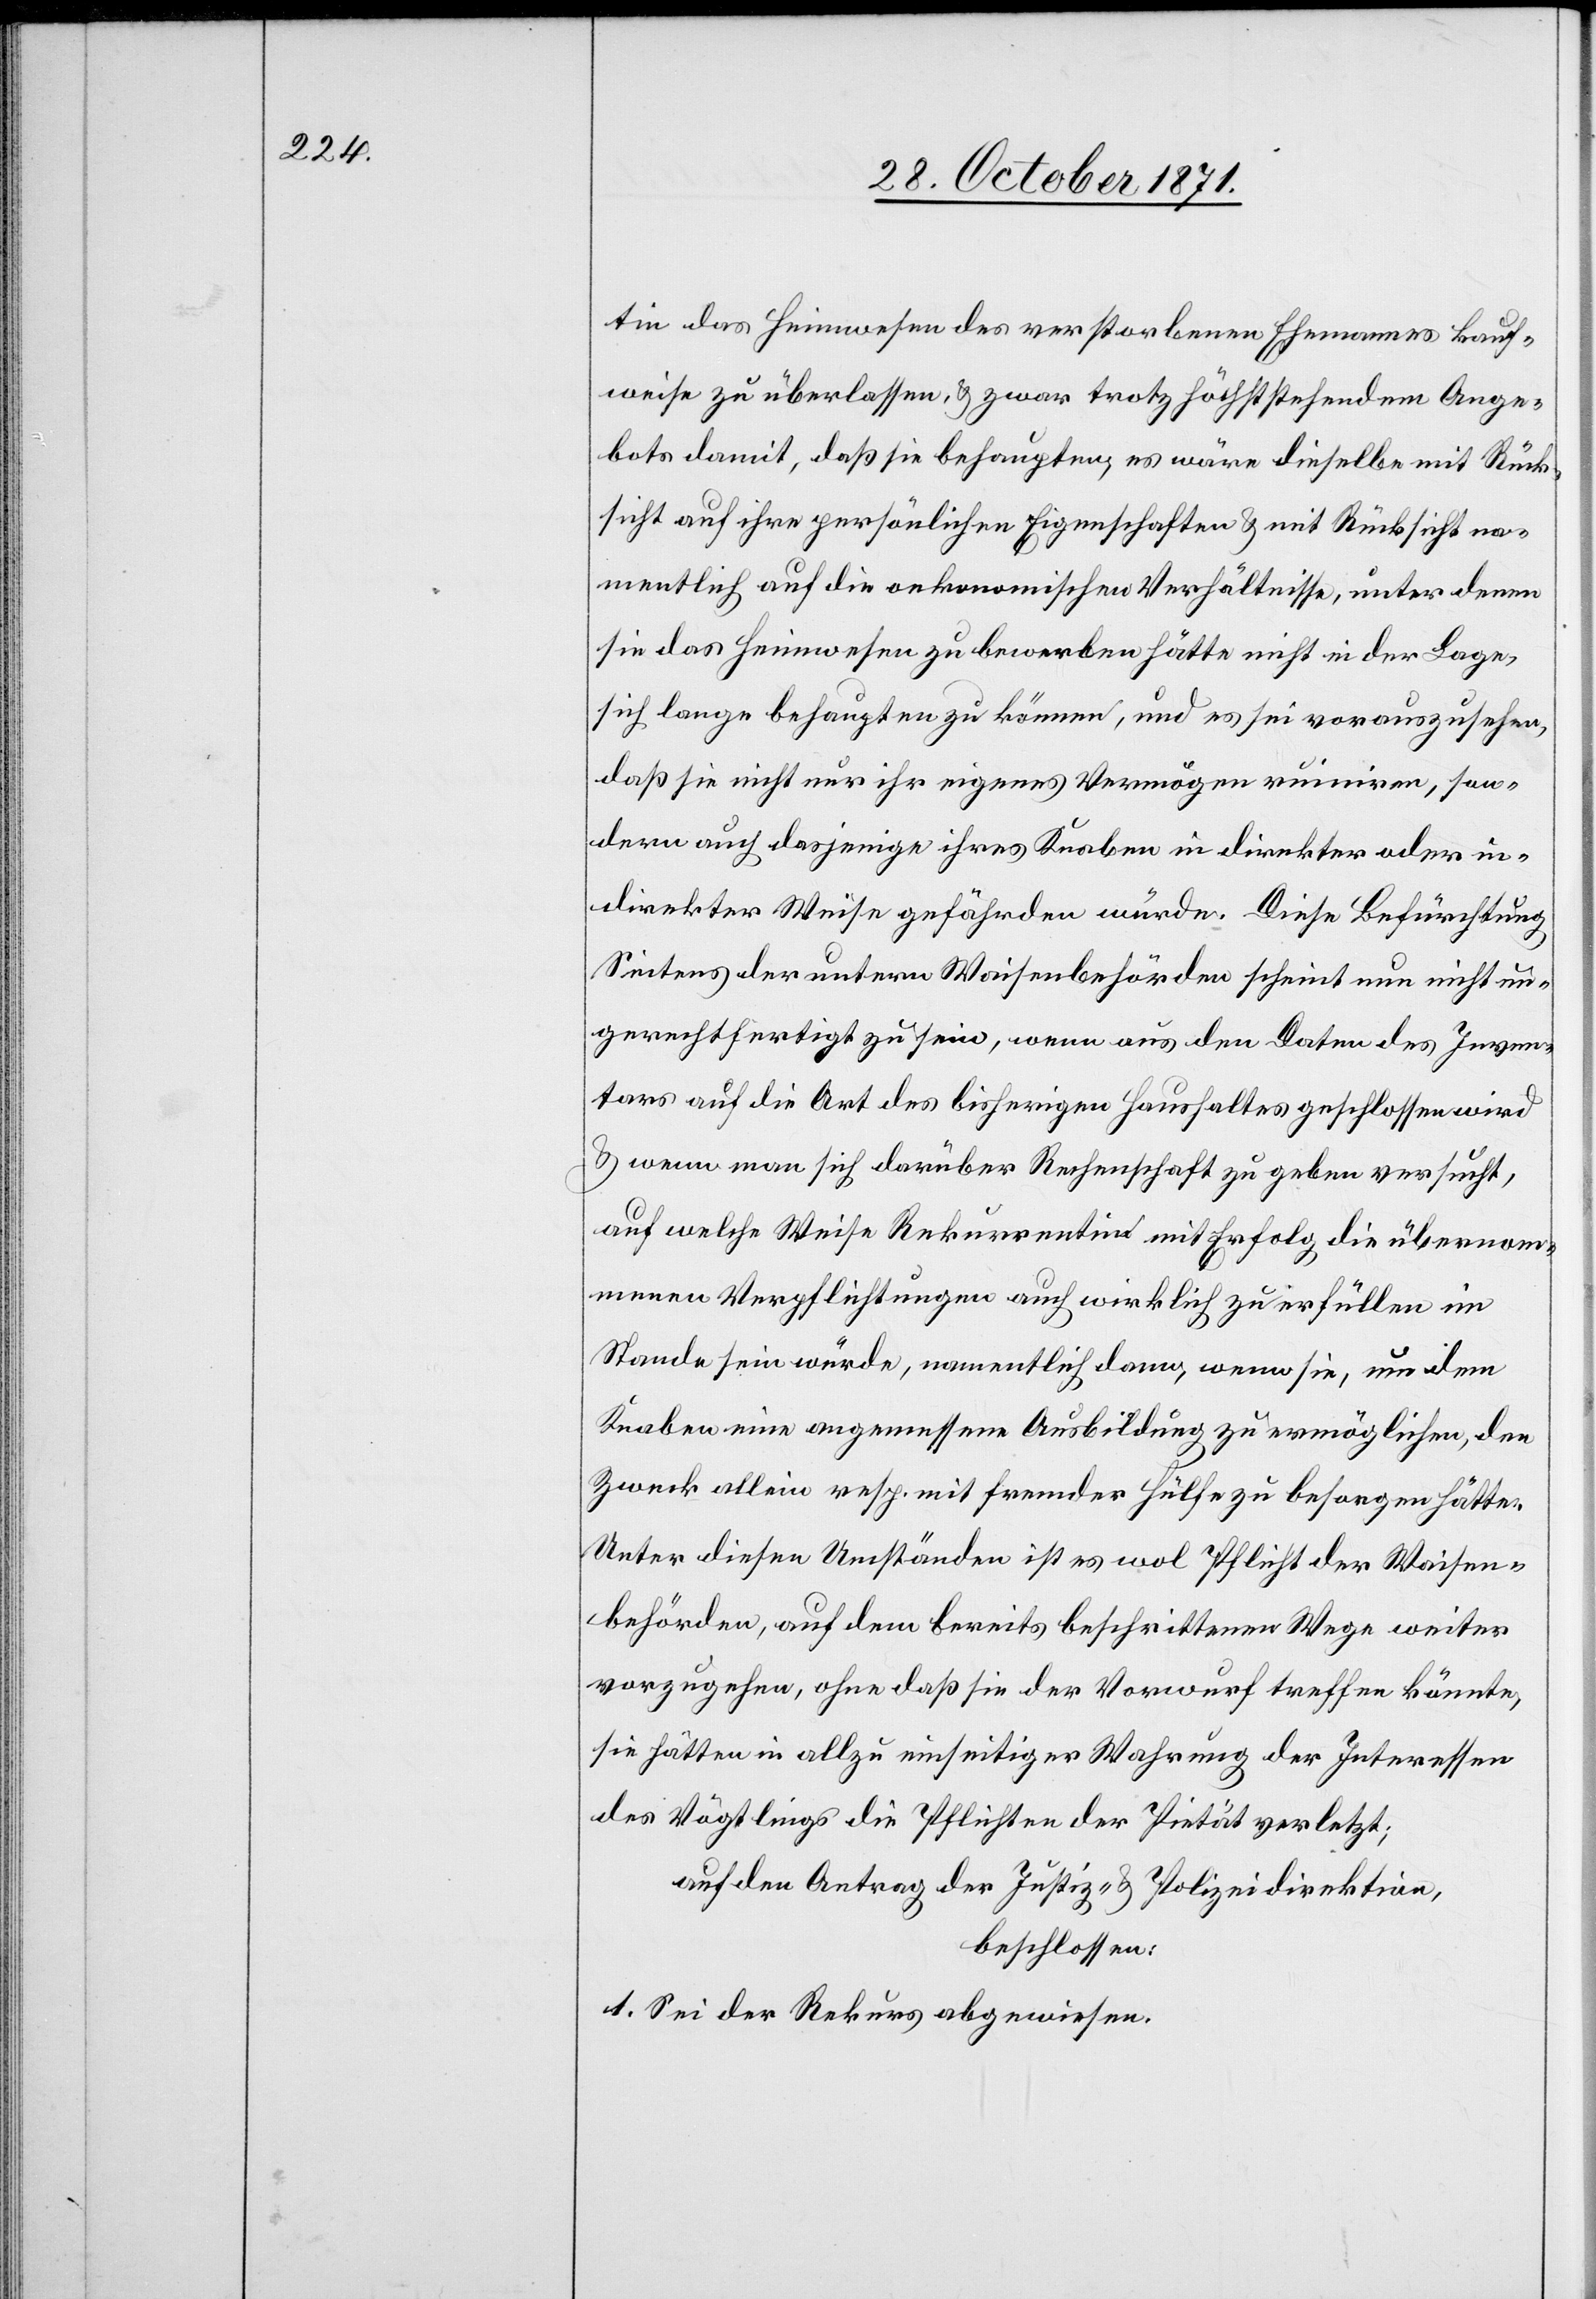
tin das Heimwesen des verstorbenen Ehemanns kauf¬
weise zu überlassen, & zwar trotz höchststehenden Ange¬
bots damit, daß sie behaupte, es wäre dieselbe mit Rück¬
sicht auf ihre persönlichen Eigenschaften & mit Rücksicht na¬
mentlich auf die oekonomischen Verhältnisse, unter denen
sie das Heimwesen zu bewerben hätte nicht in der Lage,
sich lange behaupten zu können, und es sei vorauszusehen,
daß sie nicht nur ihr eigenes Vermögen ruiniren, son¬
dern auch dasjenige ihres Knaben in direkter oder in¬
direkter Weise gefährden würde. Diese Befürchtung
Seitens der untern Waisenbehörden scheint nun nicht un¬
berechtigt zu sein, wenn aus den Daten des Inven¬
tars auf die Art des bisherigen Haushaltes geschlossen wird
& wenn man sich darüber Rechenschaft zu geben versucht,
auf welche Weise Rekurrentin mit Erfolg die übernom¬
menen Verpflichtungen auch wirklich zu erfüllen im
Stande sein würde, namentlich dann, wenn sie, um dem
Knaben eine angemessene Ausbildung zu ermöglichen, den
Zweck allein resp. mit fremder Hülfe zu besorgen hätte.
Unter diesen Umständen ist es wol Pflicht der Waisen¬
behörden, auf dem bereits beschrittenen Wege weiter
vorzugehen, ohne daß sie der Vorwurf treffen könnte,
sie hätten in allzu einseitiger Wahrung der Interessen
des Vögtlings die Pflichten der Pietät verletzt;
auf den Antrag der Justiz- & Polizeidirektion,
beschlossen:
1. Sei der Rekurs abgewiesen.